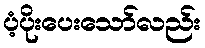
ပံ့ပိုးပေးသော်လည်း